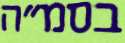
בסמ"ה